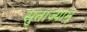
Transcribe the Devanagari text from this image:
सुताज्यामू